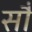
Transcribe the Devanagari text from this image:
साै